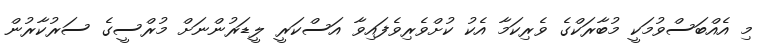
މި އެއްބަސްވުމަކީ މުބާރަކްގެ ވެރިކަމާ އެކު ކުށްވެރިވެފައިވާ އަސްކަރީ ލީޑަރުންނަށް މުރްސީގެ ސަރުކާރުން